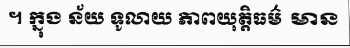
។ ក្នុង ន័យ ទូលាយ ភាពយុត្តិធម៌ មាន